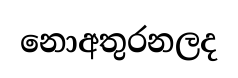
නොඅතුරනලද